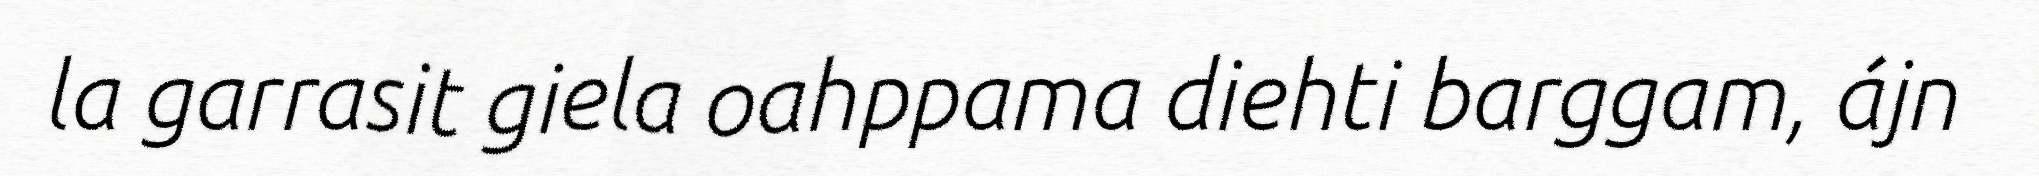
la garrasit giela oahppama diehti barggam, ájn